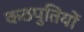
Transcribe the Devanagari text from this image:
कठपुतियों